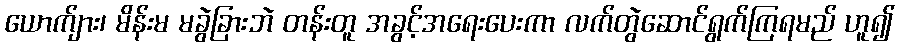
ယောက်ျား၊ မိန်းမ မခွဲခြားဘဲ တန်းတူ အခွင့်အရေးပေးကာ လက်တွဲဆောင်ရွက်ကြရမည် ဟူ၍